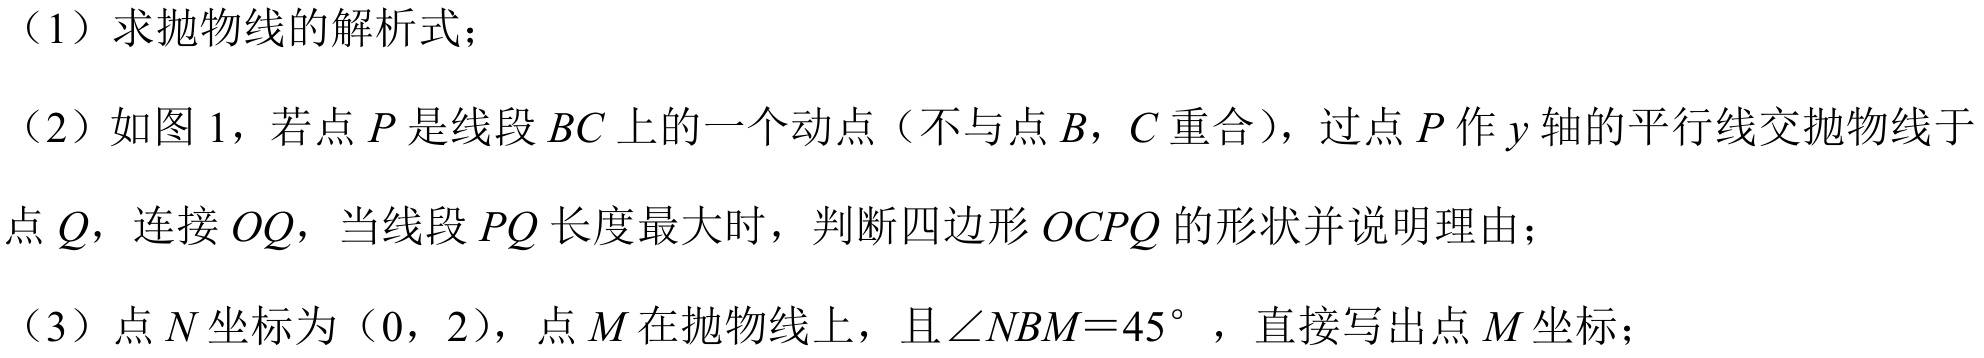
（1）求抛物线的解析式；
（2）如图1，若点\(P\)是线段\(BC\)上的一个动点（不与点\(B\)，\(C\)重合），过点\(P\)作\(y\)轴的平行线交抛物线于点\(Q\)，连接\(OQ\)，当线段\(PQ\)长度最大时，判断四边形\(OCPQ\)的形状并说明理由；
（3）点\(N\)坐标为\((0,2)\)，点\(M\)在抛物线上，且\(\angle NBM = 45^{\circ}\)，直接写出点\(M\)坐标；